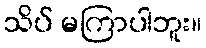
သိပ် မကြာပါဘူး။